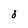
Character: 8